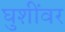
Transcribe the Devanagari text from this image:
घुशींवर